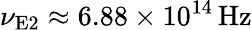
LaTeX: \nu_{\textrm{E2}}\approx 6.88\times 10^{14}\, \mathrm{Hz}